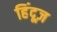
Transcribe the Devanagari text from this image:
हिंदूज़